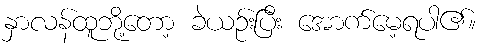
နှာလန်ထူဘို့တော့ ခဲယဉ်းပြီး အောက်မေ့ရပါ၏။